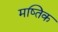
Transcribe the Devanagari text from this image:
मष्तिक